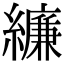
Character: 𦆆